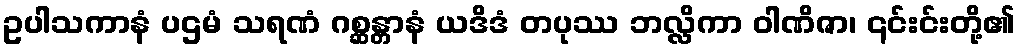
ဥပါသကာနံ ပဌမံ သရဏံ ဂစ္ဆန္တာနံ ယဒိဒံ တပုဿ ဘလ္လိကာ ဝါဏိဇာ၊ ၎င်းင်းတို့၏